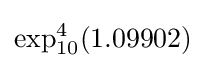
\exp _{10}^{4}(1.09902)